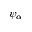
\psi _ { \alpha }